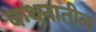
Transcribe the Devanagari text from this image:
कथनातील